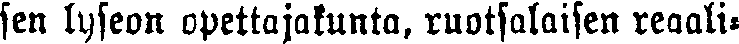
sen lyseon opettajakunta, ruotsalaisen reaali-